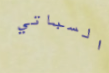
السباتي